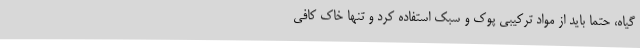
گیاه، حتما باید از مواد ترکیبی پوک و سبک استفاده کرد و تنها خاک کافی